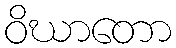
ဝိဃာတော